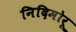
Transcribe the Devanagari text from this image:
निदिमोरू